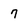
Character: 7